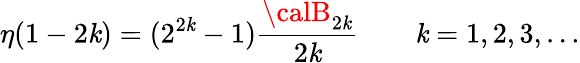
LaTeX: \eta(1-2\mathit{k})=(2^{2\mathit{k}}-1){\frac{{{\calB}_{2\mathit{k}}}}{{2\mathit{k}}}}\qquad\mathit{k}=1,2,3,\ldots